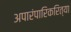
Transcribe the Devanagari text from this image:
अपारंपारिकरित्या